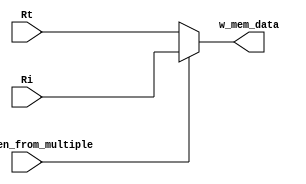

module mux_w_mem_data(
		w_mem_en_from_multiple,
		Rt,
		Ri,
		w_mem_data	);

input w_mem_en_from_multiple;
input [31:0] Rt;
input [31:0] Ri;
output [31:0] w_mem_data;

assign w_mem_data= w_mem_en_from_multiple? Ri : Rt;

endmodule